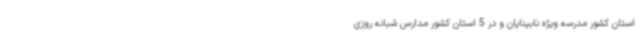
استان کشور مدرسه ویژه نابینایان و در 5 استان کشور مدارس شبانه روزی